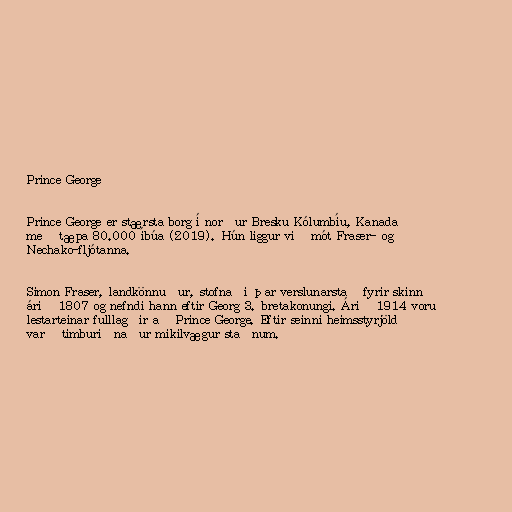
Prince George

Prince George er stærsta borg í norður Bresku Kólumbíu, Kanada
með tæpa 80.000 íbúa (2019). Hún liggur við mót Fraser- og
Nechako-fljótanna.

Simon Fraser, landkönnuður, stofnaði þar verslunarstað fyrir skinn
árið 1807 og nefndi hann eftir Georg 3. bretakonungi. Árið 1914 voru
lestarteinar fulllagðir að Prince George. Eftir seinni heimsstyrjöld
varð timburiðnaður mikilvægur staðnum.